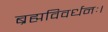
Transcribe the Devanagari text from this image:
ब्रह्मविवर्धनः।